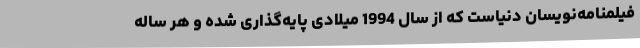
فیلمنامه‌نویسان دنیاست که از سال 1994 میلادی پایه‌گذاری شده و هر ساله